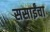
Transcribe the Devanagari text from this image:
ससाईंचा